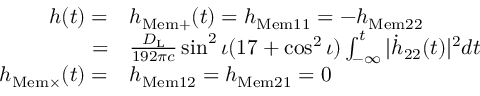
\begin{array} { r l } { h ( t ) = } & { h _ { \mathrm { M e m + } } ( t ) = h _ { \mathrm { M e m } 1 1 } = - h _ { \mathrm { M e m } 2 2 } } \\ { = } & { \frac { D _ { \mathrm { { L } } } } { 1 9 2 \pi c } \sin ^ { 2 } \iota ( 1 7 + \cos ^ { 2 } \iota ) \int _ { - \infty } ^ { t } \vert \dot { h } _ { 2 2 } ( t ) \vert ^ { 2 } d t } \\ { h _ { \mathrm { M e m } \times } ( t ) = } & { h _ { \mathrm { M e m } 1 2 } = h _ { \mathrm { M e m } 2 1 } = 0 } \end{array}